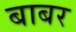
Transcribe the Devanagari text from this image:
बाबर